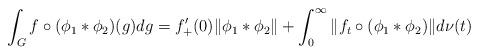
LaTeX: \begin{align*} \int_{G}^{} f \circ ( \phi_1 * \phi_2 ) (g) dg = f_+' (0) \| \phi_1 * \phi_2 \| + \int_{0}^{\infty} \| f_t \circ (\phi_1 * \phi_2) \| d\nu (t) \end{align*}